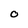
Character: O